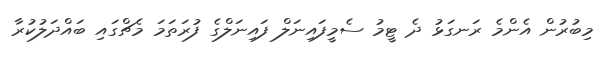
މިބުރުން އެންމެ ރަނގަޅު ދެ ޓީމު ސެމީފައިނަލް ފައިނަލްގެ ފުރަތަމަ މެޗްގައި ބައްދަލުކުރާ